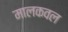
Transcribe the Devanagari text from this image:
मालकवल